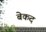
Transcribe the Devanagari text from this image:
बेकद